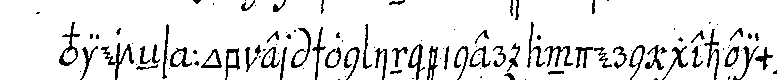
vierteNs : ob er schon inner andern geheimeN